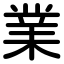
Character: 業